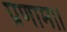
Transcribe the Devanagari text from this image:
प्रणाम।।